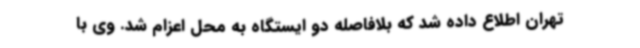
تهران اطلاع داده شد که بلافاصله دو ایستگاه به محل اعزام شد. وی با